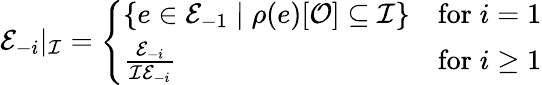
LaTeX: {\mathcal{E}_{-i}}|_{\mathcal{I}}=\left\{ \begin{array}{ll}{\left\{ e\in\mathcal{E}_{-1}\mid\rho(e)[\mathcal{O}]\subseteq\mathcal{I}\right\} }&{\mathrm{for}\; i=1}\\ {\frac{\mathcal{E}_{-i}}{\mathcal{I}\mathcal{E}_{-i}}}&{\mathrm{for}\; i\geq 1}\end{array}\right.